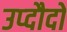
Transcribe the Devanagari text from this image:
उप्दौदों